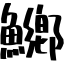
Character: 鱜